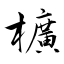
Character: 櫎